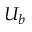
U _ { b }